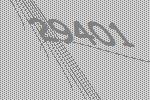
29401